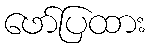
ဖော်ပြထား